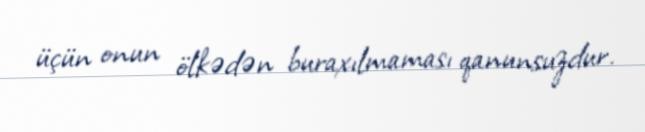
üçün onun ölkədən buraxılmaması qanunsuzdur.